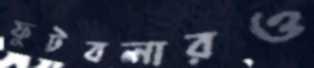
ফুটবলারও